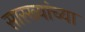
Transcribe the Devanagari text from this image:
सारख्यांच्या